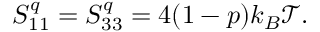
S _ { 1 1 } ^ { q } = S _ { 3 3 } ^ { q } = 4 ( 1 - p ) k _ { B } \mathcal { T } .